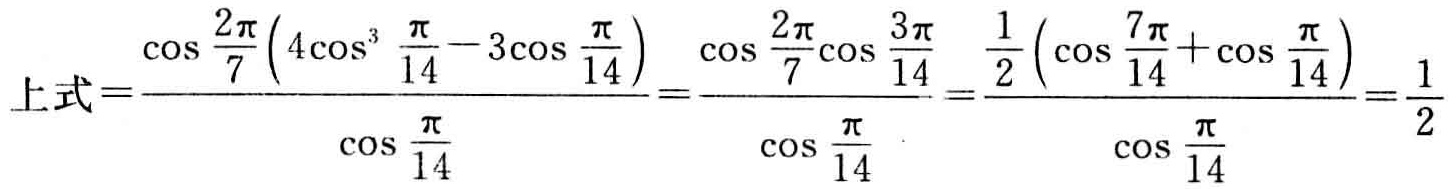
\(上式=\frac{\cos\frac{2\pi}{7}(4\cos^{3}\frac{\pi}{14}-3\cos\frac{\pi}{14})}{\cos\frac{\pi}{14}}=\frac{\cos\frac{2\pi}{7}\cos\frac{3\pi}{14}}{\cos\frac{\pi}{14}}=\frac{\frac{1}{2}(\cos\frac{7\pi}{14}+\cos\frac{\pi}{14})}{\cos\frac{\pi}{14}}=\frac{1}{2}\)